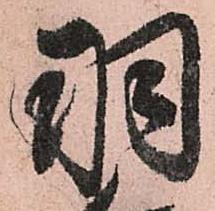
羽